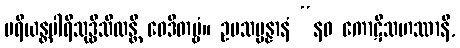
ပရိယန္တပါရိသုဒ္ဓိသီလန္တိ ဝေဒိတဗ္ဗံ။ ဥပသမ္ပန္နာနံ “နဝ ကောဋိသဟဿာနိ,